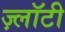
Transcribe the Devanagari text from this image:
ज़्लॉटी